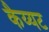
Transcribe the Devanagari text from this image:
कैय्यट